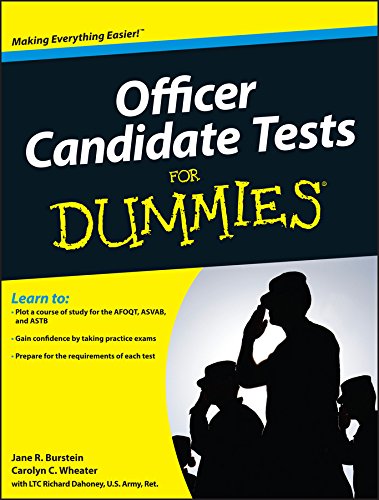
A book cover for Officer Candidate Tests For Dummies; Jane R. Burstein; Test Preparation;